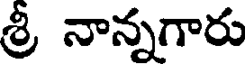
శ్రీ నాన్నగారు